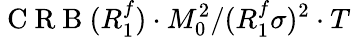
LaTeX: \mathrm{~C~R~B~}(R_{1}^{f})\cdot M_{0}^{2}/(R_{1}^{f}\sigma)^{2}\cdot T